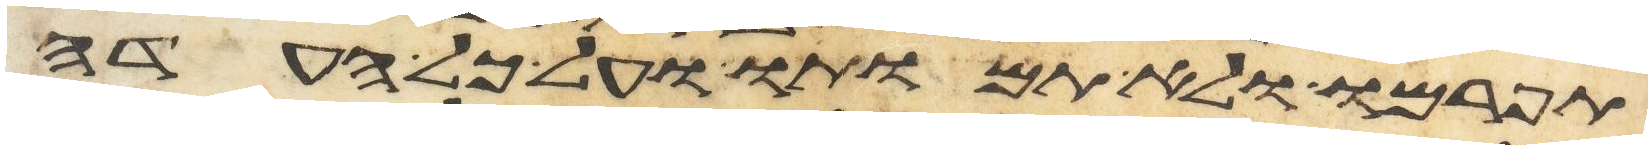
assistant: תפרמו ולא תמותו ועל כל העדה